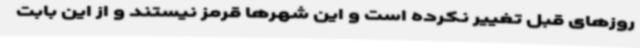
روزهای قبل تغییر نکرده است و این شهرها قرمز نیستند و از این بابت